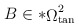
\begin{align*}B \in \ast {\mathop {\Omega} \nolimits_{\tan} ^{2}}\end{align*}